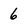
Character: 6